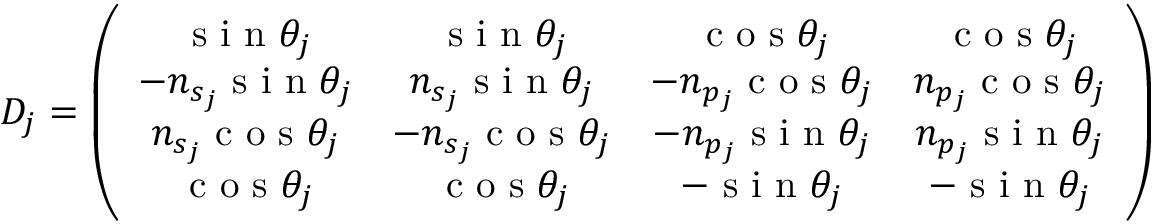
\boldsymbol { D _ { j } } = \left( \begin{array} { c c c c } { \textrm { s i n } \theta _ { j } } & { \textrm { s i n } \theta _ { j } } & { \textrm { c o s } \theta _ { j } } & { \textrm { c o s } \theta _ { j } } \\ { - n _ { s _ { j } } \textrm { s i n } \theta _ { j } } & { n _ { s _ { j } } \textrm { s i n } \theta _ { j } } & { - n _ { p _ { j } } \textrm { c o s } \theta _ { j } } & { n _ { p _ { j } } \textrm { c o s } \theta _ { j } } \\ { n _ { s _ { j } } \textrm { c o s } \theta _ { j } } & { - n _ { s _ { j } } \textrm { c o s } \theta _ { j } } & { - n _ { p _ { j } } \textrm { s i n } \theta _ { j } } & { n _ { p _ { j } } \textrm { s i n } \theta _ { j } } \\ { \textrm { c o s } \theta _ { j } } & { \textrm { c o s } \theta _ { j } } & { - \textrm { s i n } \theta _ { j } } & { - \textrm { s i n } \theta _ { j } } \end{array} \right)